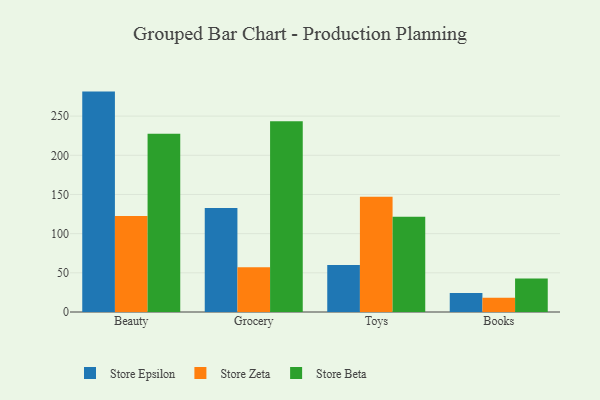
{"axis": {"x": "Category", "y": "Customer Acquisition Cost (USD)"}, "legend": ["Store Beta", "Store Epsilon", "Store Zeta"], "data": [{"x": "Beauty", "y": 281.3, "type": "Store Epsilon"}, {"x": "Beauty", "y": 122.5, "type": "Store Zeta"}, {"x": "Beauty", "y": 227.5, "type": "Store Beta"}, {"x": "Grocery", "y": 132.8, "type": "Store Epsilon"}, {"x": "Grocery", "y": 57.1, "type": "Store Zeta"}, {"x": "Grocery", "y": 243.6, "type": "Store Beta"}, {"x": "Toys", "y": 60.1, "type": "Store Epsilon"}, {"x": "Toys", "y": 147.1, "type": "Store Zeta"}, {"x": "Toys", "y": 121.7, "type": "Store Beta"}, {"x": "Books", "y": 24.1, "type": "Store Epsilon"}, {"x": "Books", "y": 18.3, "type": "Store Zeta"}, {"x": "Books", "y": 42.6, "type": "Store Beta"}]}